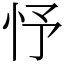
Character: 忬